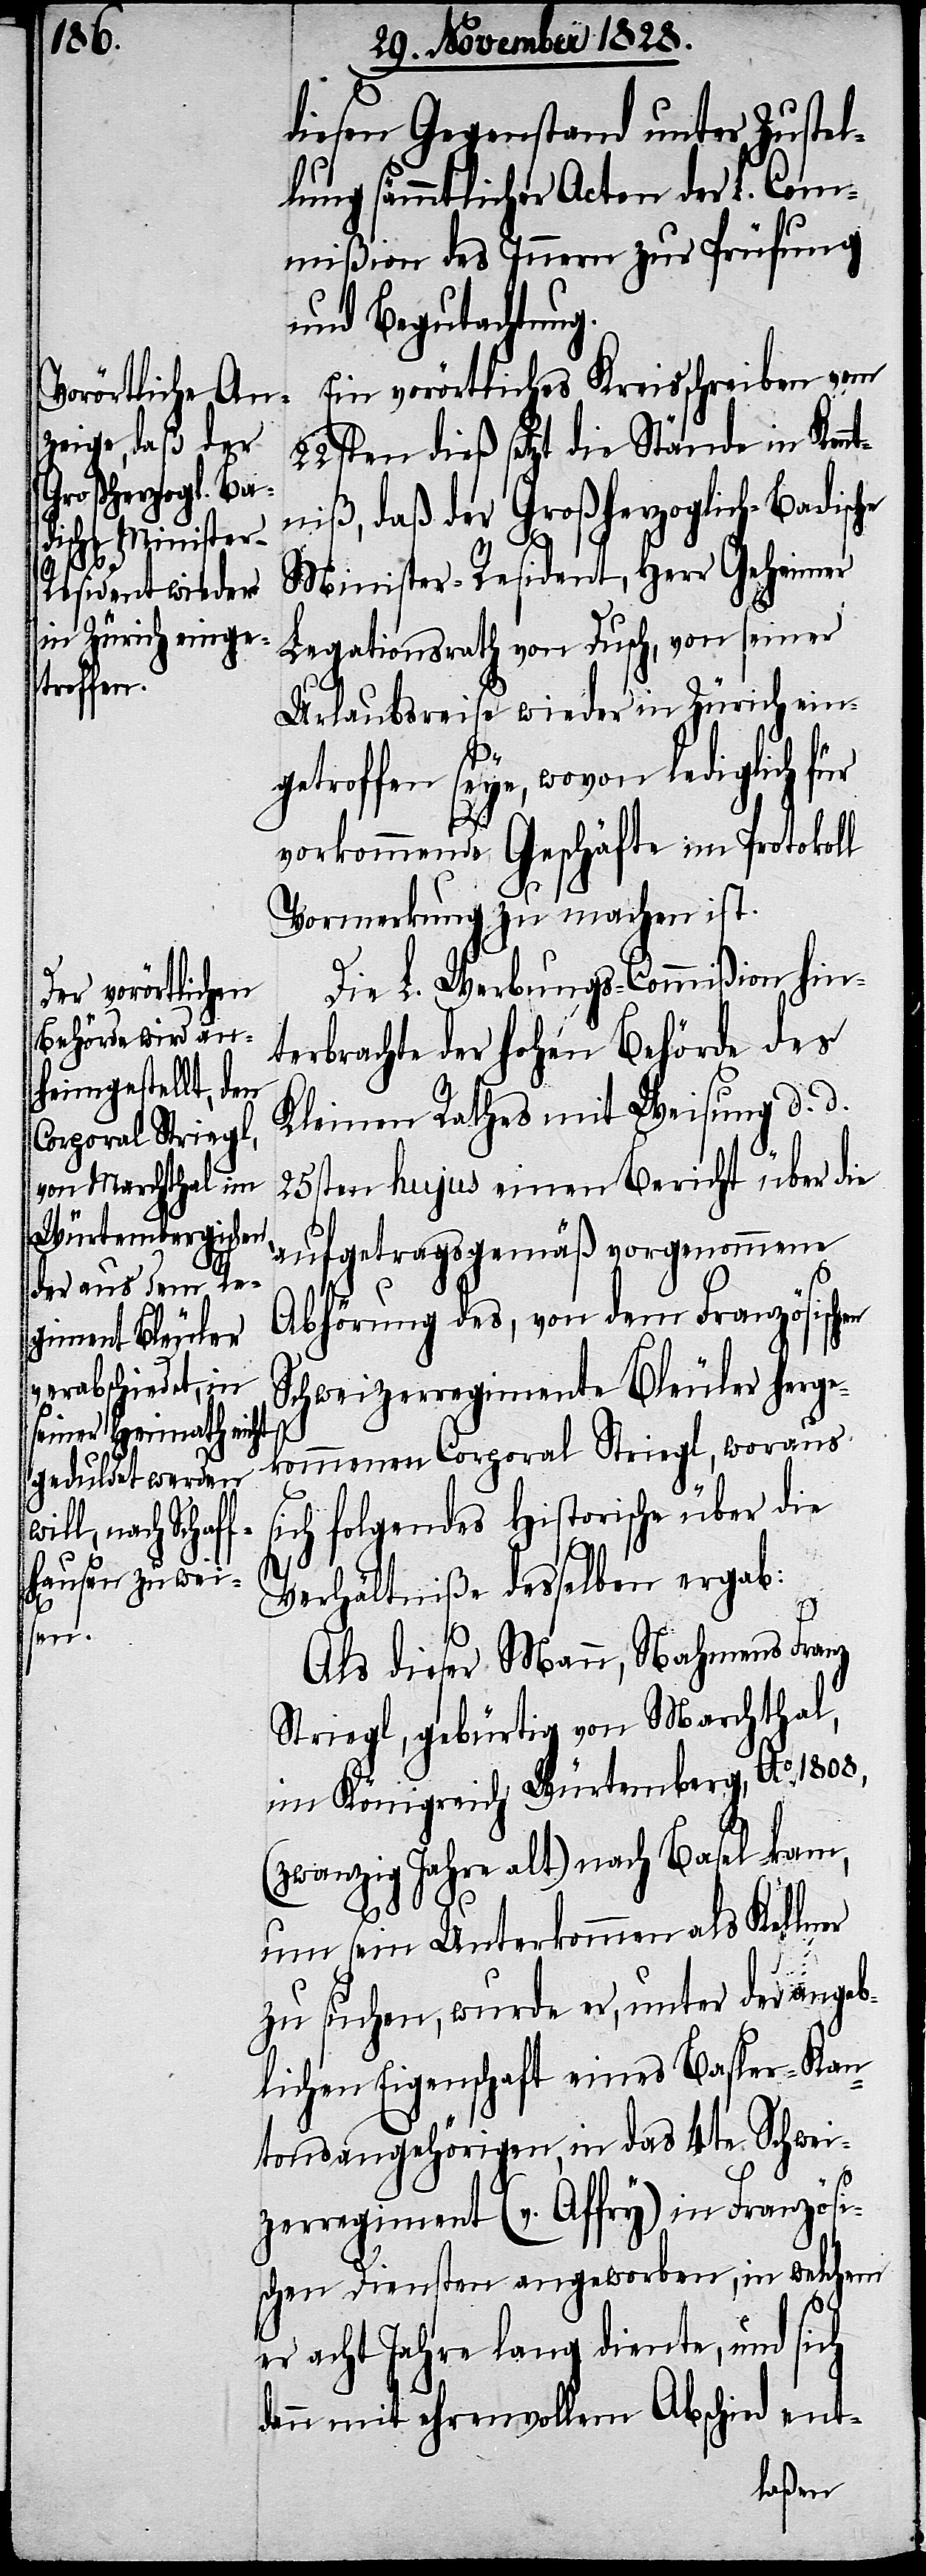
diesen Gegenstand unter Zustel¬
lung sämmtlicher Acten der L. Com¬
mißion des Innern zur Prüfung
und Begutachtung.
Ein vorörtliches Kreisschreiben vom
22sten dieß setzt die Stände in Kenn¬
tniß, daß der Großherzoglich-Badisc¬
Minister-Resident, Herr Geheimer
Legationsrath von Dusch, von seiner
Urlaubsreise wieder in Zürich eing¬
etroffen seye, wovon lediglich für
vorkommende Geschäfte im Protokoll
Vormerkung zu machen ist.
Die L. Werbungs-Commißion hin¬
terbrachte der hohen Behörde des
Kleinen Rathes mit Weisung d. d.
25sten hujus einen Bericht über die
auftragsgemäß vorgenommene
Abhörung des, von dem Französischen
Schweizerregimente Bleuler herge¬
kommenen Corporal Striegl, woraus
sich folgendes Historische über die
Verhältniße desselben ergab:
he
Als dieser Mann, Nahmens Franz
Striegl, gebürtig von Marchthal,
im Königreich Würtemberg, Ao. 1808,
(zwanzig Jahre alt) nach Basel kam,
um sein Unterkommen als Kellner
zu suchen, wurde er, unter der angeb¬
lichen Eigenschaft eines Basler-Kan¬
tonsangehörigen, in das 4te Schwei¬
zerregiment (v. Affry) in Französi¬
schen Diensten angeworben, in welchem
er acht Jahre lang diente, und sich
dann mit ehrenvollem Abschied ent-